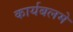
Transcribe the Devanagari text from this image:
कार्यबलमे